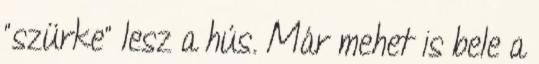
"szürke" lesz a hús. Már mehet is bele a